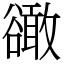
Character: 豃